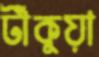
টাঁকুয়া